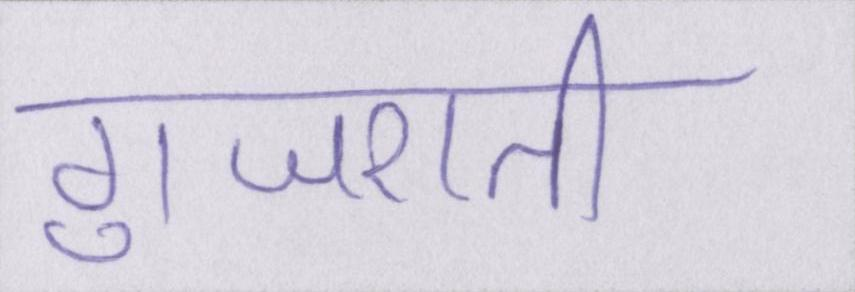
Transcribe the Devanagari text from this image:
गुजराती